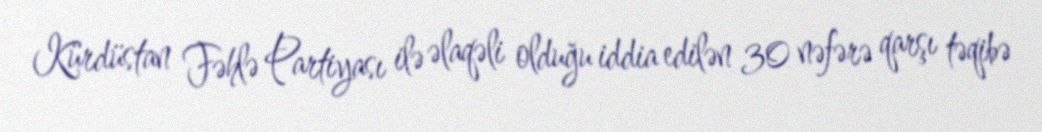
Kürdüstan Fəhlə Partiyası ilə əlaqəli olduğu iddia edilən 30 nəfərə qarşı təqibə